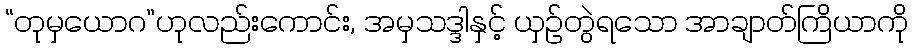
“တုမှယောဂ”ဟုလည်းကောင်း, အမှသဒ္ဒါနှင့် ယှဉ်တွဲရသော အာချာတ်ကြိယာကို